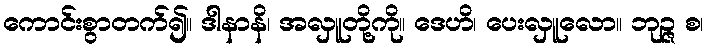
ကောင်းစွာတက်၍။ ဒါနာနိ၊ အလှူတို့ကို။ ဒေဟိ၊ ပေးလှူလော။ ဘုဉ္ဇ စ၊